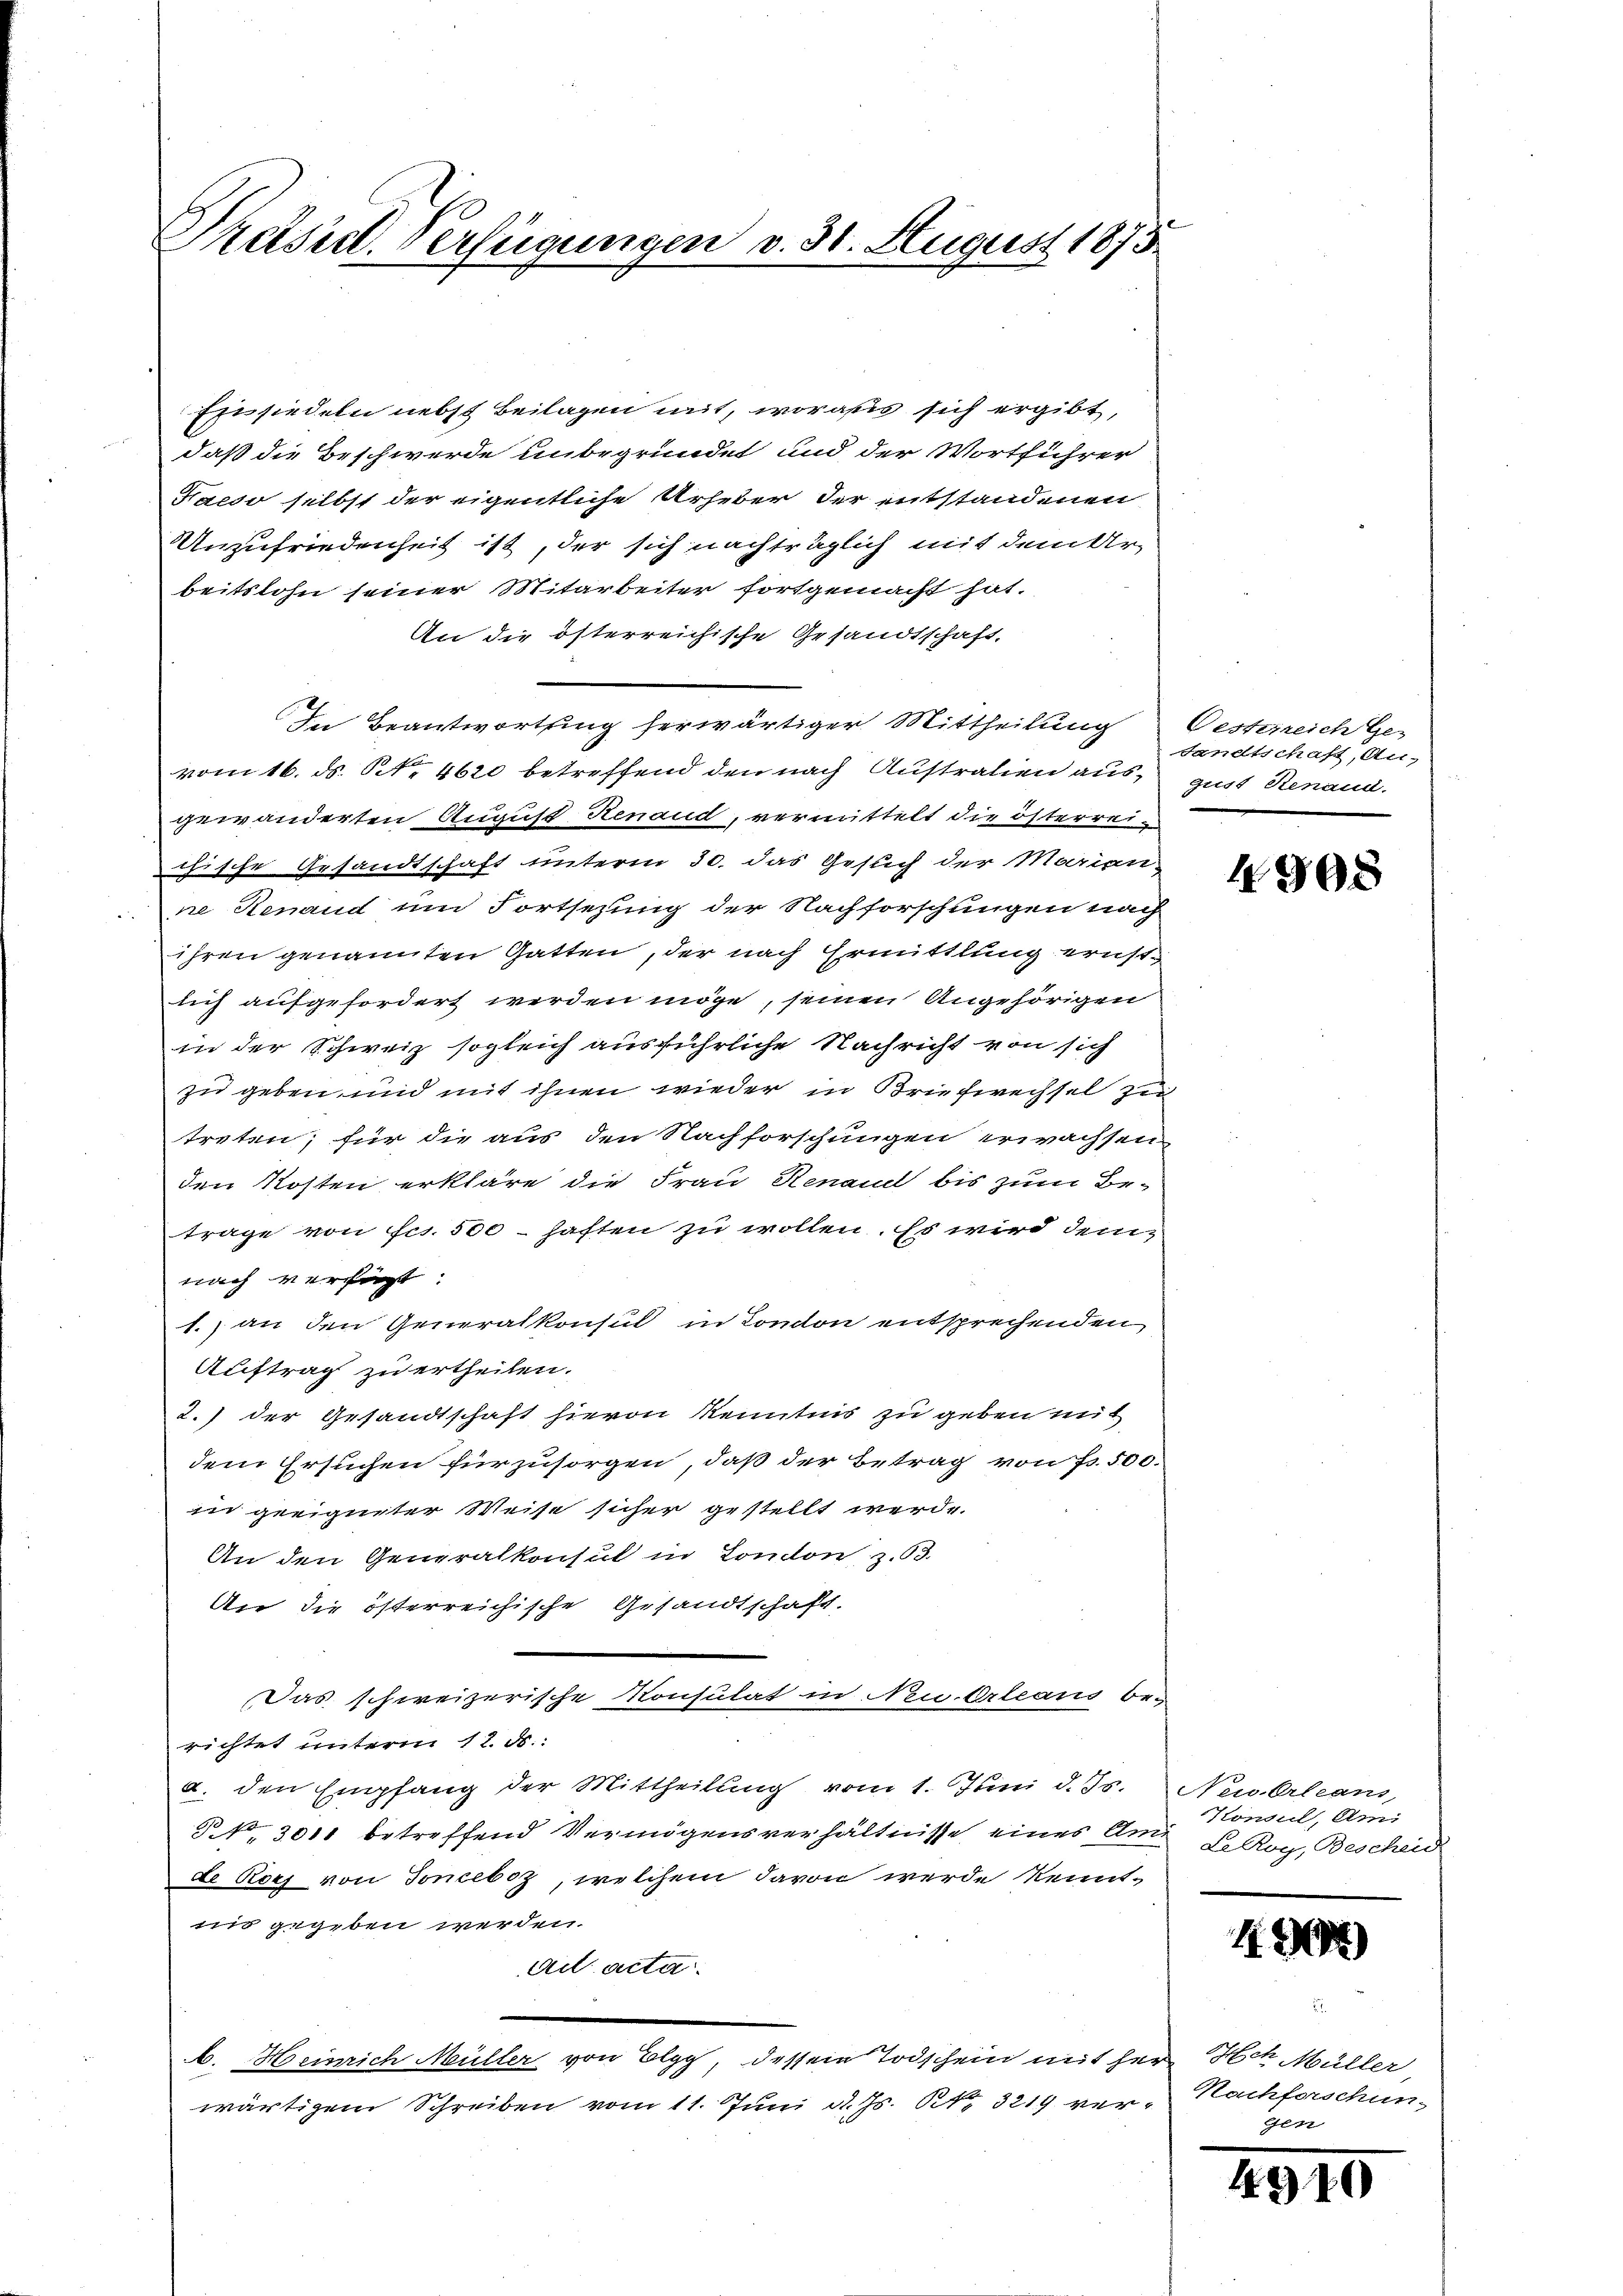
Präseel. Verfügungen v. 31. August 1875.

Exrsiedeln nebst Beilagen mit, woraus sich ergibt,
daß die Beschwerde unbegründet und der Wortführer
Kaeso selbst der eigentliche Urheber der entstandenen
Unzufriedenheit ist, der sich nachträglich mit dem Urbeitslohn seiner Mitarbeiter fortgemacht hat.
An die österreichische Gesandtschaft,
In Beantwortung herwärtiger Mittheilung Oesterreich Ge-
vom 16. ds. Nr. 4620 betreffend den nach Australien ausgewänderten August Renaud, vermittelt die österreichische Gesandtschaft unterm 30. das Gesuch der Marian-
ne Genand um Fortsetzung der Nachforschungen nach
ihren genannten Gatten, der nach Ermittlung ernstlich aufgefordert werden möge, seinen Angehörigen
in der Schweiz sogleich ausführliche Nachricht von sich
zu geben und mit ihnen wieder in Briefwechsel zu
treten; für die aus den Nachforschungen erwachsen
den Kosten erkläre die Frau Renaudl bis zum Betrage von fcs. 500 - haften zu wollen. Es wird dem
nach versicht.
1.) an den Generalkonsul in London entsprechenden
Auftrag zu ertheilen.
2.) der Gesandtschaft hievon Kenntnis zu geben mit
dem Ersuchen für zusorgen, daß der Betrag von Fr. 500.
in geeigneter Weise sicher gestellt werde.
An den Generalkonsul in London, z. B.
An die österreichische Gesandtschaft.
Das schweizerische Konsulat in Neu-Orleaus be-
richtet unterm 12. ds.:
a. den Empfang der Mittheilŭng vom 1. Juni d. Js. New-Orleans,
P. Nr. 3011 betreffend Vermögensverhältnisse eines Amt de Roy, Bescheid
de Rors von Joneboz, welchem davon werde kenntnis gegeben werden.
Act acta
b. Heinrich Müller von Elgg, dessene Todschein mit Herr Hch. Müller
wärtigem Schreiben vom 11. Juni d. Js. R. 3219 ver- Nachforschun

sandtschaft, Angust Renaud.

4908

Konsul, Ami

4

gen

4910